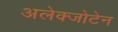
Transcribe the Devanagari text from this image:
अलेक्जोटेन